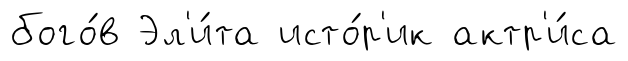
бого́в Эл'и́та исто́р'ик актр'и́са